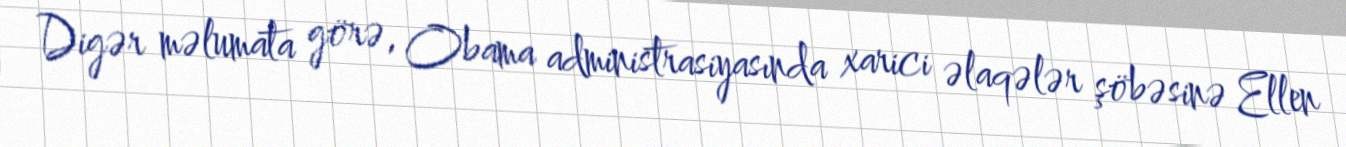
Digər məlumata görə, Obama administrasiyasında xarici əlaqələr şöbəsinə Ellen